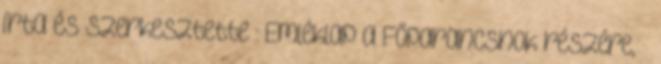
írta és szerkesztette : Emléklap a Főparancsnok részére, –